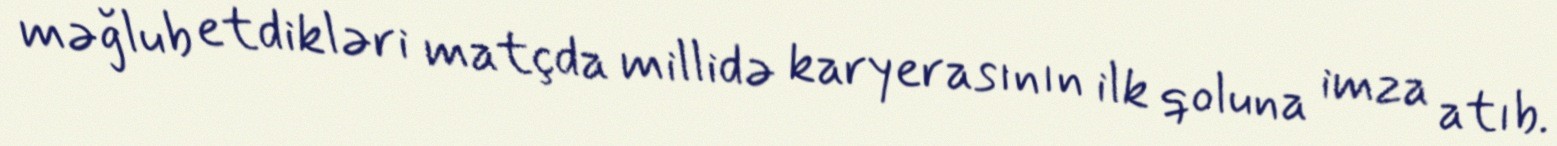
məğlub etdikləri matçda millidə karyerasının ilk qoluna imza atıb.